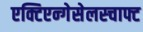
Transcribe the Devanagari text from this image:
एक्टिएन्गेसेलस्चाफ्ट